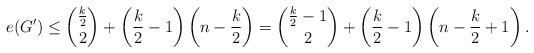
LaTeX: \begin{align*}e(G')&\leq \binom{\frac{k}{2}}{2}+\left(\frac{k}{2}-1\right)\left(n- \frac{k}{2}\right)=\binom{ \frac{k}{2}-1}{2}+\left(\frac{k}{2}-1\right)\left(n- \frac{k}{2}+1\right).\end{align*}